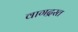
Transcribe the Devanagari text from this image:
वागद्रस्त